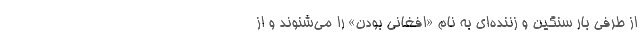
از طرفي بار سنگين و زننده‌اي به نام «افغاني بودن» را مي‌شنوند و از